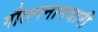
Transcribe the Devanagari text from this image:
गौतमनामधारी